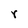
Character: r